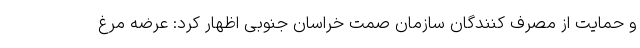
و حمایت از مصرف کنندگان سازمان صمت خراسان جنوبی اظهار کرد: عرضه مرغ